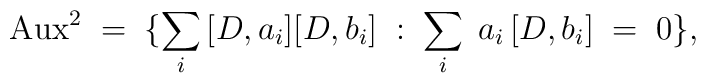
{\rm Aux}^2\;=\;\bigl\{ \sum_i\,[D,a_i][D,b_i]\;:\;\sum_i\;a_i\,[D,b_i]\;=\;0\bigr\},